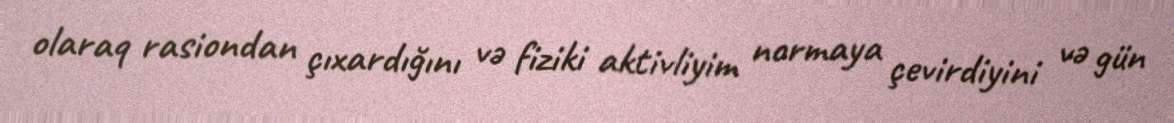
olaraq rasiondan çıxardığını və fiziki aktivliyim normaya çevirdiyini və gün